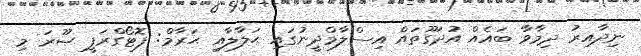
ނިދާއިރު ދިމާވާ ބައެއް އުދަގޫތައް އިސްލާމްދީނުގައި ޙަލާލާއި ޙަރާމް: ފޮޓޯގްރަފީ ޞޫރަ މި